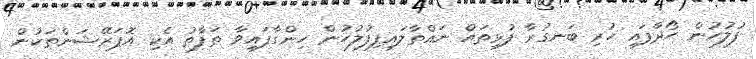
ފުލުހުން ހޯދާފައި ހުރި ބަނގުރާ ފުޅިތައް ނައްތާލައިފިފުލުހުން ހިންގާފައިވާ ތަފާތު އެކި އޮޕަރޭޝަންތަކުން